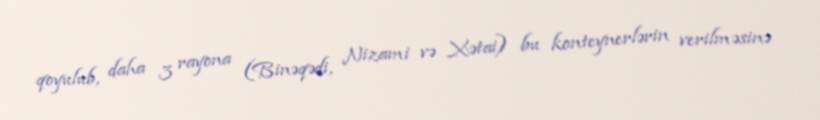
qoyulub, daha 3 rayona (Binəqədi, Nizami və Xətai) bu konteynerlərin verilməsinə